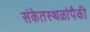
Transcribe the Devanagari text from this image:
संकेतस्थळांपैकी